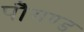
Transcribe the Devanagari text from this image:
पौगण्ड